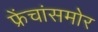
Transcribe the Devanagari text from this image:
फ्रेंचांसमोर